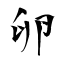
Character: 卵